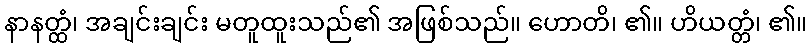
နာနတ္ထံ၊ အချင်းချင်း မတူထူးသည်၏ အဖြစ်သည်။ ဟောတိ၊ ၏။ ဟိယတ္တံ၊ ၏။